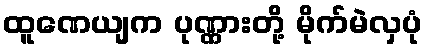
ထူဏေယျက ပုဏ္ဏားတို့ မိုက်မဲလှပုံ